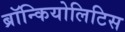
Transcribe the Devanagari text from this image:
ब्रॉन्कियोलिटिस